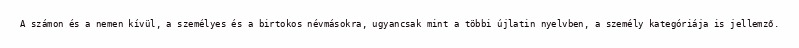
A számon és a nemen kívül, a személyes és a birtokos névmásokra, ugyancsak mint a többi újlatin nyelvben, a személy kategóriája is jellemző.